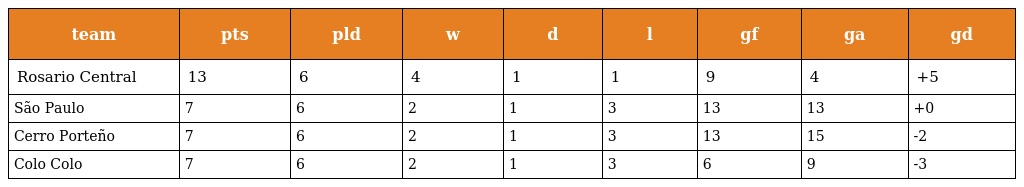
| team | pts | pld | w | d | l | gf | ga | gd |
 | --- | --- | --- | --- | --- | --- | --- | --- | --- |
 | Rosario Central | 13 | 6 | 4 | 1 | 1 | 9 | 4 | +5 |
 | São Paulo | 7 | 6 | 2 | 1 | 3 | 13 | 13 | +0 |
 | Cerro Porteño | 7 | 6 | 2 | 1 | 3 | 13 | 15 | -2 |
 | Colo Colo | 7 | 6 | 2 | 1 | 3 | 6 | 9 | -3 |